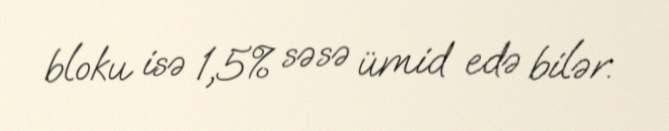
bloku isə 1,5% səsə ümid edə bilər.